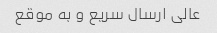
عالی ارسال سریع و به موقع